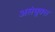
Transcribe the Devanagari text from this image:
असंयुक्‍त